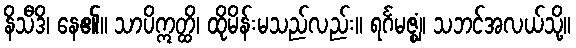
နိသီဒိ၊ နေ၏။ သာပိဣတ္ထိ၊ ထိုမိန်းမသည်လည်း။ ရင်္ဂမဇ္ဈံ၊ သဘင်အလယ်သို့။